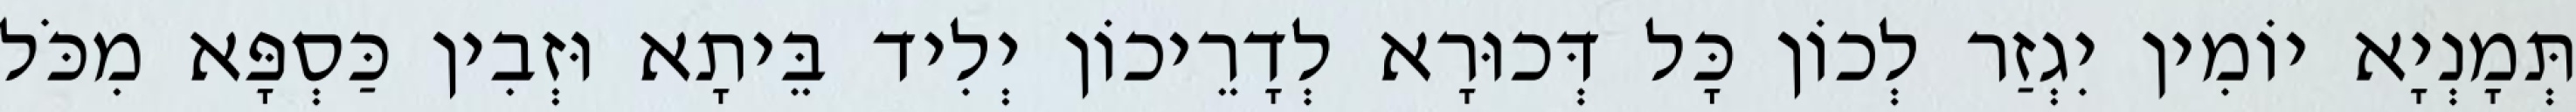
תְּמָנְיָא יוֹמִין יִגְזַר לְכוֹן כָּל דְּכוּרָא לְדָרֵיכוֹן יְלִיד בֵּיתָא וּזְבִין כַּסְפָּא מִכֹּל